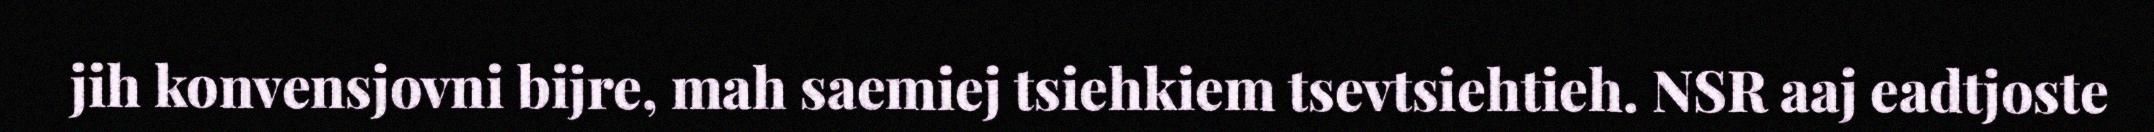
jih konvensjovni bijre, mah saemiej tsiehkiem tsevtsiehtieh. NSR aaj eadtjoste